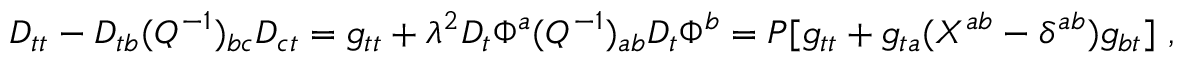
D _ { t t } - D _ { t b } ( Q ^ { - 1 } ) _ { b c } D _ { c t } = g _ { t t } + \lambda ^ { 2 } D _ { t } \Phi ^ { a } ( Q ^ { - 1 } ) _ { a b } D _ { t } \Phi ^ { b } = P [ g _ { t t } + g _ { t a } ( X ^ { a b } - \delta ^ { a b } ) g _ { b t } ] \ ,